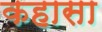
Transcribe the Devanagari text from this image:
कहासा